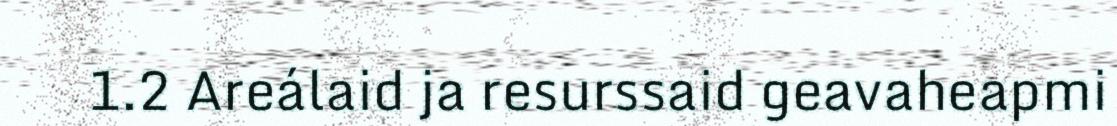
1.2 Areálaid ja resurssaid geavaheapmi